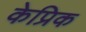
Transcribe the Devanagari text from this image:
केप्रिक